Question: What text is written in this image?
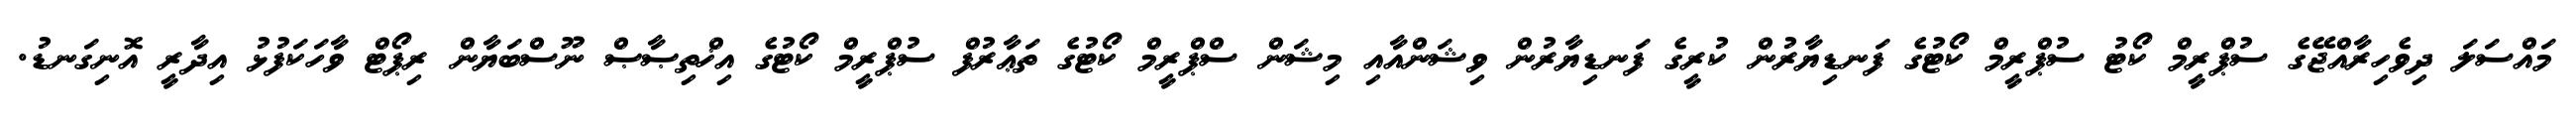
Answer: މައްސަލަ ދިވެހިރާއްޖޭގެ ސުޕްރީމް ކޯޓު ސުޕްރީމް ކޯޓުގެ ފަނޑިޔާރުން ކުރީގެ ފަނޑިޔާރުން ވިޝަންއާއި މިޝަން ސްޕްރީމް ކޯޓުގެ ތަޢާރުފް ސުޕްރީމް ކޯޓުގެ އިޚްތިޞާޞް ނޫސްބަޔާން ރިޕޯޓް ވާހަކަފުޅު އިދާރީ އޮނިގަނޑު.